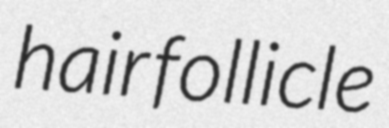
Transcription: hair follicle